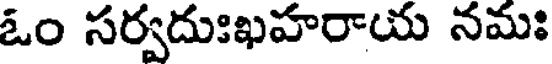
ఓం సర్వదుఃఖహరాయ నమః